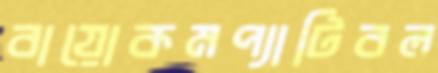
বায়োকমপ্যাটিবল